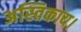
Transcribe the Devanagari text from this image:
अस्तिकाय।